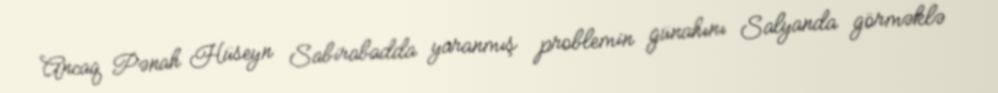
Ancaq Pənah Hüseyn Sabirabadda yaranmış problemin günahını Salyanda görməklə